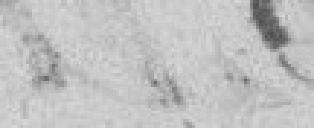
Séance du 14 aout 1830.